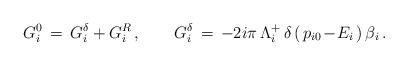
LaTeX: \begin{align*}G^0_i\,=\,G^{\delta}_i+G^R_i\,,\qquad G^{\delta}_i\,=\,-2i\pi\,\Lambda^+_i\,\delta\,(\,p_{i0}\!-\!E_i\,)\,\beta_i\,.\end{align*}